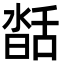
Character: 𦧥